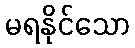
မရနိုင်သော